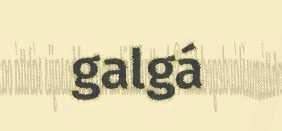
galgá